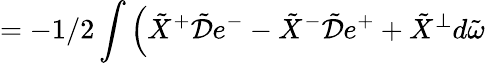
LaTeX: =-1/2\int\Big(\tilde{X}^{+}\tilde{{\cal D}}e^{-}-\tilde{X}^{-}\tilde{{\cal D}}e^{+}+\tilde{X}^{\perp}d\tilde{\omega}